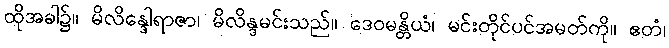
ထိုအခါ၌။ မိလိန္ဒေါရာဇာ၊ မိလိန္ဒမင်းသည်။ ဒေဝမန္တိယံ၊ မင်းတိုင်ပင်အမတ်ကို။ ဧတံ၊